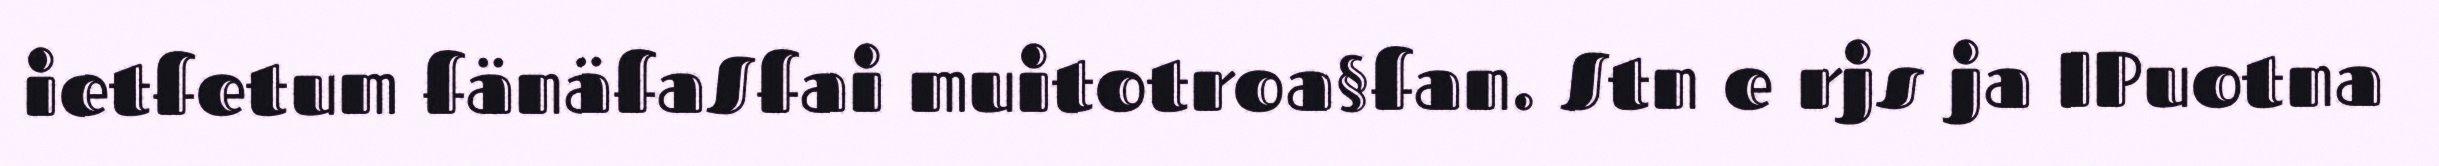
ietfetum fänäfaSfai muitotroa§fan. Stn e rjs ja IPuotna